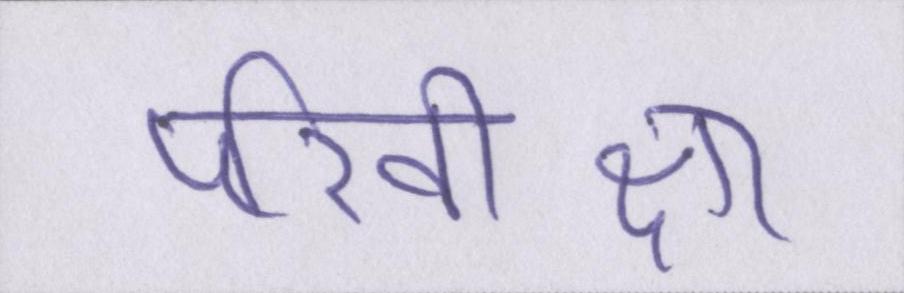
परिवीक्षा